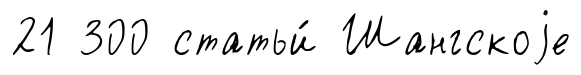
21 300 статьи́ Шангскоjе